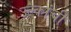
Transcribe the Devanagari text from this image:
उल्कांची